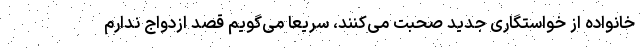
خانواده از خواستگاری جدید صحبت می‌کنند، سریعا می‌گویم قصد ازدواج ندارم